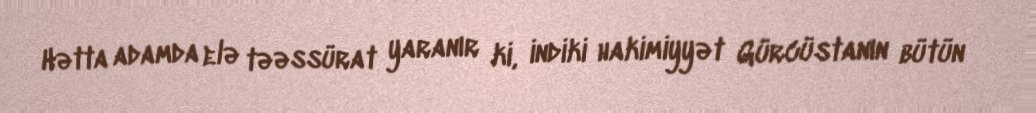
Hətta adamda elə təəssürat yaranır ki, indiki hakimiyyət Gürcüstanın bütün